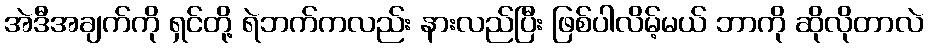
အဲဒီအချက်ကို ရှင်တို့ ရဲဘက်ကလည်း နားလည်ပြီး ဖြစ်ပါလိမ့်မယ် ဘာကို ဆိုလိုတာလဲ